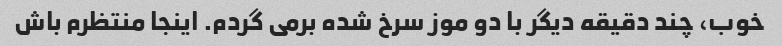
خوب، چند دقیقه دیگر با دو موز سرخ شده برمی گردم. اینجا منتظرم باش